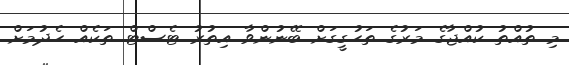
މި ތުއްތު ކުއްޖާގެ މަރުގެ ތަހުގީގަށް ބޭނުންވާ އިތުރު ޓެސްޓް ތަކެއް ހެދުމަށް